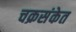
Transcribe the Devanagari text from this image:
चक्रसंकेत